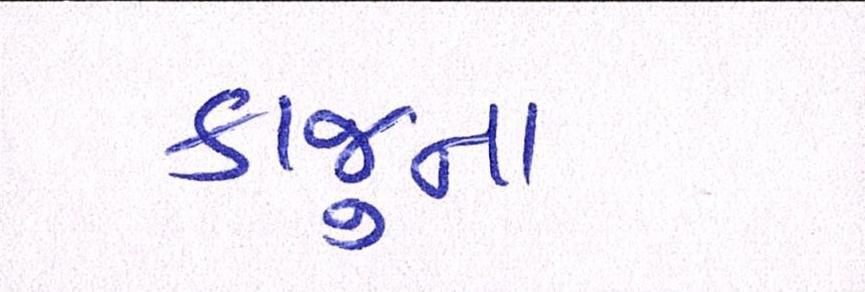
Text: કાજુના